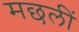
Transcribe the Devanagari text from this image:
मछलीं